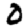
Digit: 0